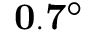
\mathbf { 0 . 7 ^ { \circ } }